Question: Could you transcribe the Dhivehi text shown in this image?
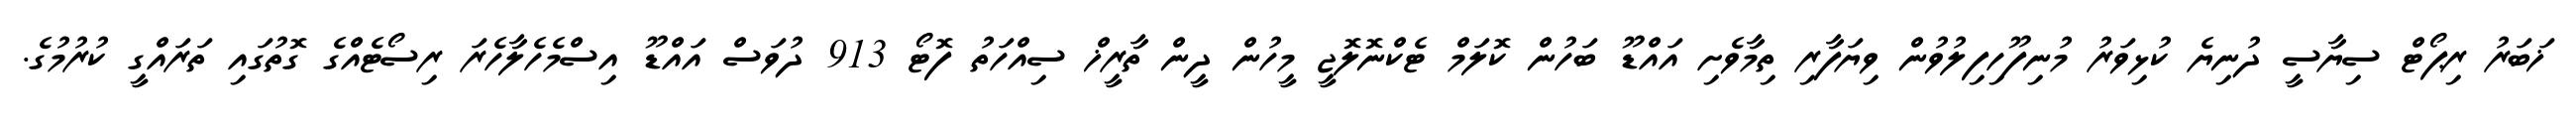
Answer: ޚަބަރު ރިޕޯޓް ސިޔާސީ ދުނިޔެ ކުޅިވަރު މުނިފޫހިފިލުވުން ވިޔަފާރި ތިމާވެށި އައްޑޫ ބަހުން ކޮލަމް ޓެކްނޮލޮޖީ މީހުން ދީން ތާރީޚް ސިއްހަތު ފޮޓޯ 913 ދުވަސް އައްޑޫ އިސްމެހެލާހެރަ ރިސޯޓެއްގެ ގޮތުގައި ތަރައްގީ ކުރުމުގެ.